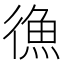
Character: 𪫔